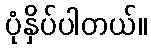
ပုံနှိပ်ပါတယ်။